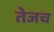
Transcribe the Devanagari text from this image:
तेजच